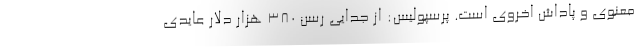
معنوی و پاداش اخروی است. پرسپولیس: از جدایی رسن ۳۸۰ هزار دلار عایدی